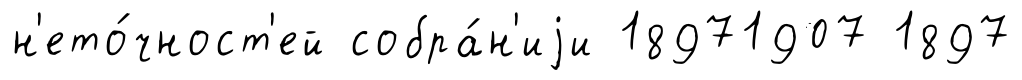
н'ето́чност'ей собра́н'иjи 18971907 1897